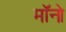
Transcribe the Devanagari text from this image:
मॉनो